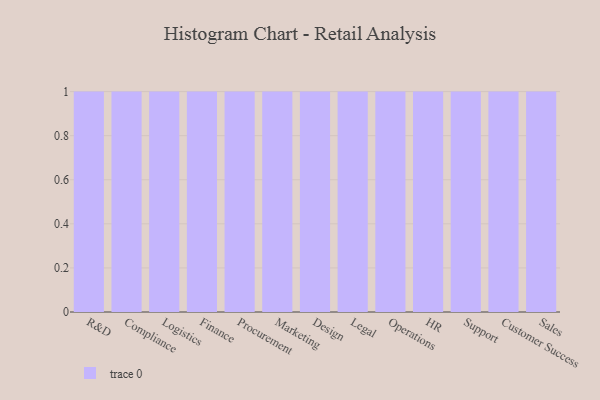
{"axis": {"x": "Department", "y": "LTV (USD)"}, "legend": [""], "data": [{"x": "R&D", "y": 99, "type": ""}, {"x": "Compliance", "y": 95, "type": ""}, {"x": "Logistics", "y": 96, "type": ""}, {"x": "Finance", "y": 89, "type": ""}, {"x": "Procurement", "y": 63, "type": ""}, {"x": "Marketing", "y": 93, "type": ""}, {"x": "Design", "y": 87, "type": ""}, {"x": "Legal", "y": 16, "type": ""}, {"x": "Operations", "y": 31, "type": ""}, {"x": "HR", "y": 10, "type": ""}, {"x": "Support", "y": 30, "type": ""}, {"x": "Customer Success", "y": 75, "type": ""}, {"x": "Sales", "y": 87, "type": ""}]}